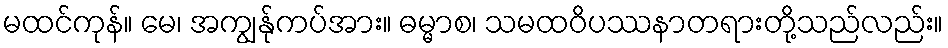
မထင်ကုန်။ မေ၊ အကျွန်ုကပ်အား။ ဓမ္မာစ၊ သမထဝိပဿနာတရားတို့သည်လည်း။